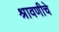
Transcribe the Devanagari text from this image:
श्रावणीचे